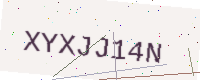
Text: XYXJJ14N